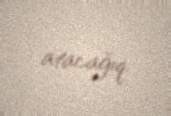
atacağıq.